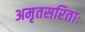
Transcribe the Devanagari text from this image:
अमृतसरिताः